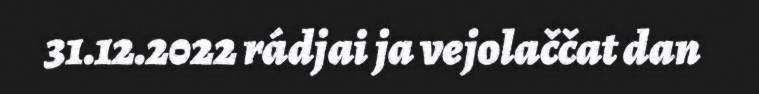
31.12.2022 rádjai ja vejolaččat dan